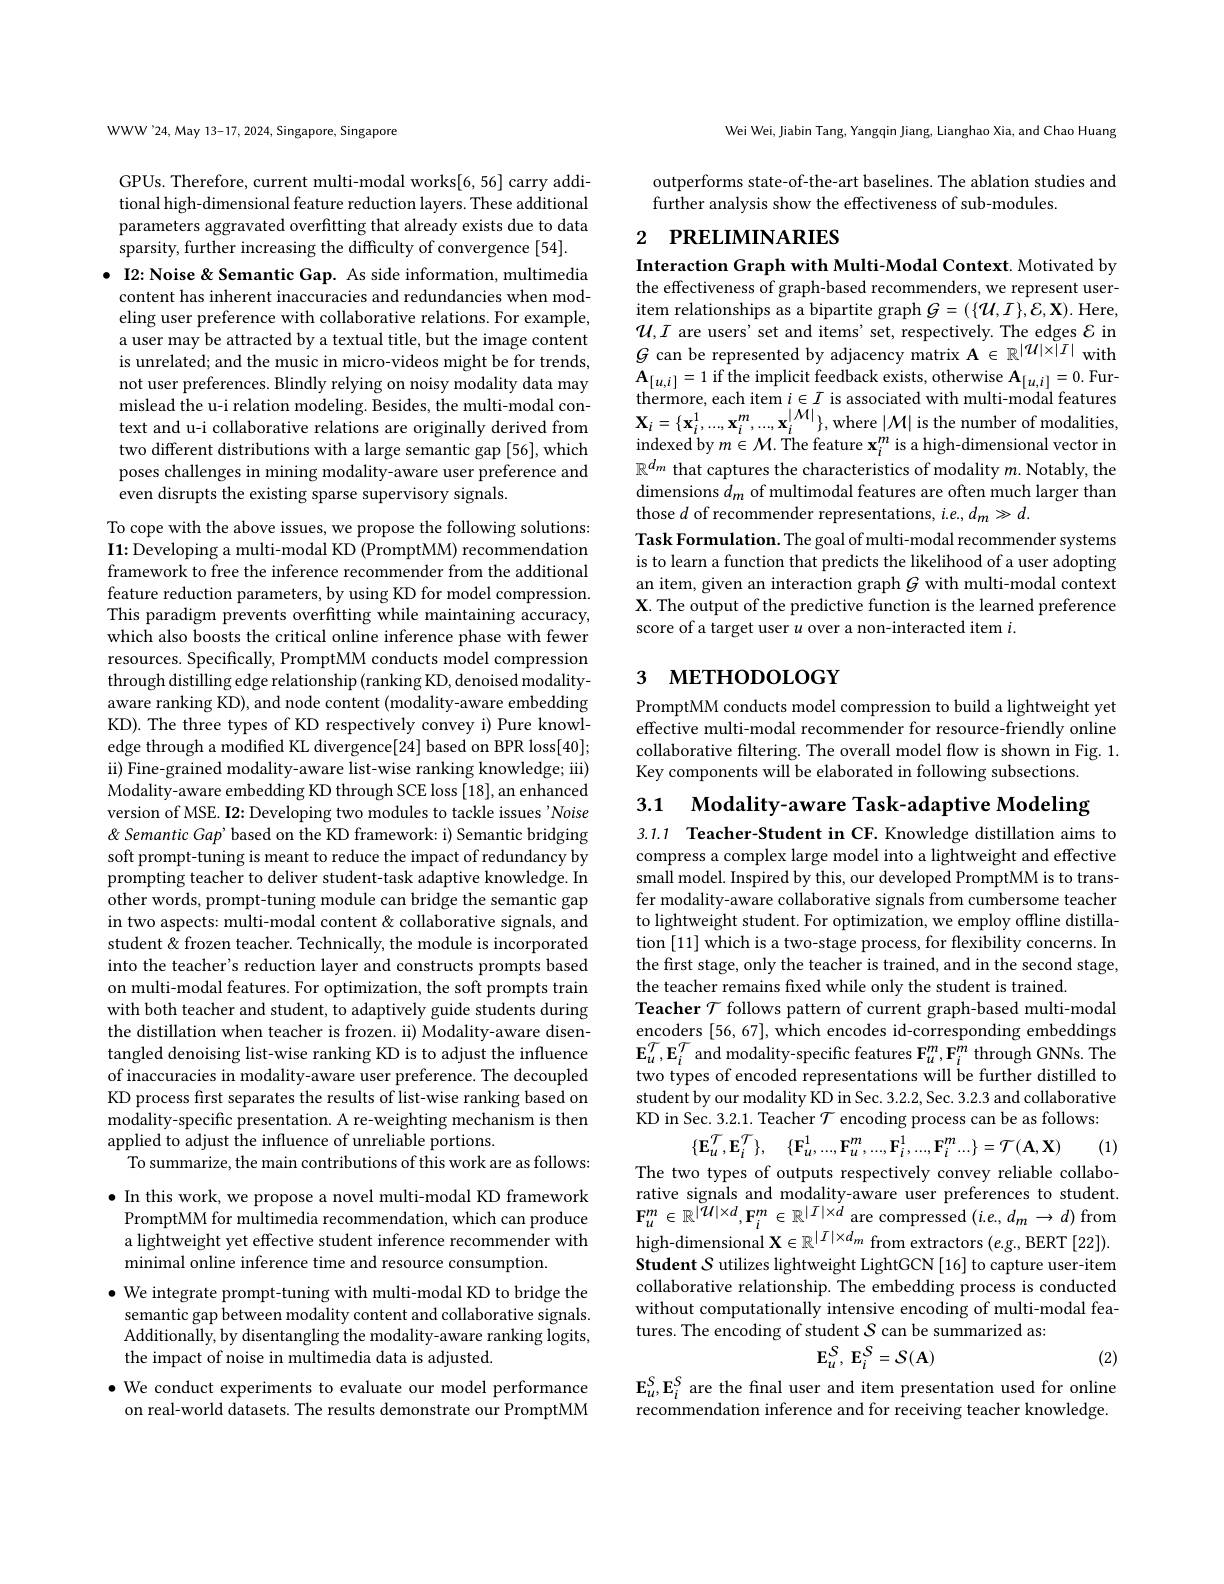
WWW'24, May 13-17, 2024, Singapore, Singapore

GPUs. Therefore, current multi-modal works[6, 56] carry additional high-dimensional feature reduction layers. These additional parameters aggravated overfitting that already exists due to data sparsity, further increasing the difficulty of convergence [54].

$\bullet$ I2: Noise & Semantic Gap. As side information, multimedia content has inherent inaccuracies and redundancies when modeling user preference with collaborative relations. For example, a user may be attracted by a textual title, but the image content is unrelated; and the music in micro-videos might be for trends, not user preferences. Blindly relying on noisy modality data may mislead the u-i relation modeling. Besides, the multi-modal context and u-i collaborative relations are originally derived from two different distributions with a large semantic gap [56], which poses challenges in mining modality-aware user preference and even disrupts the existing sparse supervisory signals.

To cope with the above issues, we propose the following solutions: $\mathbf{I1: \text{Developing a multi- modal KD}( PromptMM) recommendation}$ framework to free the inference recommender from the additional feature reduction parameters, by using KD for model compression. This paradigm prevents overfitting while maintaining accuracy, which also boosts the critical online inference phase with fewer resources. Specifically, PromptMM conducts model compression through distilling edge relationship (ranking KD, denoised modalityaware ranking KD), and node content (modality-aware embedding KD). The three types of KD respectively convey i) Pure knowledge through a modified KL divergence[24] based on BPR loss[40]; ii) Fine-grained modality-aware list-wise ranking knowledge; iii) Modality-aware embedding KD through SCE loss [18], an enhanced version of MSE. I2: Developing two modules to tackle issues'Noise & Semantic Gap' based on the KD framework: i) Semantic bridging soft prompt-tuning is meant to reduce the impact of redundancy by prompting teacher to deliver student-task adaptive knowledge. In other words, prompt-tuning module can bridge the semantic gap in two aspects: multi-modal content & collaborative signals, and student& frozen teacher. Technically, the module is incorporated into the teacher's reduction layer and constructs prompts based on multi-modal features. For optimization, the soft prompts train with both teacher and student, to adaptively guide students during the distillation when teacher is frozen. ii) Modality-aware disentangled denoising list-wise ranking KD is to adjust the influence of inaccuracies in modality-aware user preference. The decoupled KD process first separates the results of list-wise ranking based on modality-specific presentation. A re-weighting mechanism is then applied to adjust the influence of unreliable portions.
To summarize, the main contributions of this work are as follows: $\bullet$ In this work, we propose a novel multi-modal KD framework
PromptMM for multimedia recommendation, which can produce a lightweight yet effective student inference recommender with

minimal online inference time and resource consumption

$\bullet$ We integrate prompt-tuning with multi-modal KD to bridge the
semantic gap between modality content and collaborative signals. Additionally, by disentangling the modality-aware ranking logits, the impact of noise in multimedia data is adjusted.
$\bullet$ We conduct experiments to evaluate our model performance on real-world datasets. The results demonstrate our PromptMM

Wei Wei, Jiabin Tang, Yangqin Jiang, Lianghao Xia, and Chao Huang

outperforms state-of-the-art baselines. The ablation studies and
further analysis show the effectiveness of sub-modules.

# 2 РRELIМINARIES

Interaction Graph with Multi-Modal Context. Motivated by the effectiveness of graph-based recommenders, we represent useritem relationships as a bipartite graph $G=(\{\mathcal{U},\mathcal{I}\},\mathcal{E},\mathbf{X}).$ Here, $\mathcal{U},I$ are users'set and items' set, respectively. The edges $\mathcal{E}$ in $G$ can be represented by adjacency matrix $\mathbf{A}\in\mathbb{R}^|\mathcal{U}|\times|I|$ with $\mathbf{A}_{[u,i]}=1$ if the implicit feedback exists, otherwise $\mathbf{A}_[u,i]=0.$ Furthermore, each item $i\in I$ is associated with multi-modal features $\mathbf{X}_{i}=\{\mathbf{x}_{i}^{1},...,\mathbf{x}_{i}^{m},...,\mathbf{x}_{i}^{|\mathcal{M}|}\}$,where $|\mathcal{M}|$ is the number of modalities indexed by $m\in\mathcal{M}.$ The feature $\mathbf{x}_i^m$ is a high-dimensional vector in $\mathbb{R}^{d_m}$ that captures the characteristics of modality $m.$ Notably, the dimensions $d_m$ of multimodal features are often much larger than those $d$ of recommender representations, $i.e.,d_m\gg d.$
Task Formulation. The goal of multi- modal recommender systems is to learn a function that predicts the likelihood of a user adopting an item, given an interaction graph $G$ with multi-modal context X. The output of the predictive function is the learned preference score of a target user $u$ over a non-interacted item $i.$

# 3 метнорособт

PromptMM conducts model compression to build a lightweight yet effective multi-modal recommender for resource-friendly online collaborative filtering. The overall model flow is shown in Fig. 1. Key components will be elaborated in following subsections

3.1 Modality-aware Task-adaptive Modeling

3.1.1 Teacher-Student in CF. Knowledge distillation aims to compress a complex large model into a lightweight and effective small model. Inspired by this, our developed PromptMM is to transfer modality-aware collaborative signals from cumbersome teacher to lightweight student. For optimization, we employ offline distillation [11]which is a two-stage process, for flexibility concerns. In the first stage, only the teacher is trained, and in the second stage, the teacher remains fixed while only the student is trained
Teacher $\mathcal{T}$ follows pattern of current graph-based multi-modal encoders [56, 67], which encodes id-corresponding embeddings $\mathbf{E}_{u}^{\mathcal{T}},\mathbf{E}_{i}^{\mathcal{T}}$ and modality-specific features $\mathbf{F}_{u}^{m},\mathbf{\hat{F}}_{i}^{m}$ through GNNs. The two types of encoded representations will be further distilled to student by our modality KD in Sec. 3.2.2, Sec. 3.2.3 and collaborative KD in Sec. 3.2.1. Teacher $\mathcal{T}$ encoding process can be as follows:
$$\{\mathbf{E}_{u}^{T},\mathbf{E}_{i}^{T}\},\quad\{\mathbf{F}_{u}^{1},...,\mathbf{F}_{u}^{m},...,\mathbf{F}_{i}^{1},...,\mathbf{F}_{i}^{m}...\}=\mathcal{T}(\mathbf{A},\mathbf{X})$$
(1)

The two types of outputs respectively convey reliable collaborative signals and modality-aware user preferences to student $\mathbf{F}_{u}^{m}\in\mathbb{R}^{|\mathcal{U}|\times d},\mathbf{F}_{i}^{m}\in\mathbb{R}^{|I|\times d}$ are compressed $(i.e,d_{m}\to d)$ from high-dimensional $\mathbf{X} \in \mathbb{R} ^{| I| \times d_m\text{ from extractors }( e. g. , BERT[ 22] ) }.$ Student S utilizes lightweight LightGCN [16] to capture user-item collaborative relationship. The embedding process is conducted without computationally intensive encoding of multi-modal features. The encoding of student $S$ can be summarized as:
$$\mathbf{E}_{u}^{S},\:\mathbf{E}_{i}^{S}=S(\mathbf{A})$$
(2)

$\mathbf{E}_{u}^{S},\mathbf{E}_{i}^{S}$ are the final user and item presentation used for online recommendation inference and for receiving teacher knowledge.